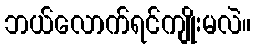
ဘယ်လောက်ရင်ကျိုးမလဲ။